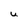
Character: U